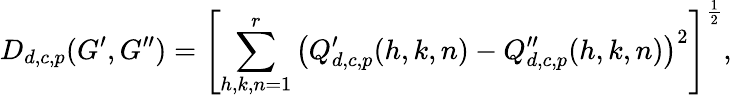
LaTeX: D_{d,c,p}(G^{\prime},G^{\prime\prime})=\left[\sum_{h,k,n=1}^{r}\left(Q_{d,c,p}^{\prime}(h,k,n)-Q_{d,c,p}^{\prime\prime}(h,k,n)\right)^{2}\right]^{\frac{1}{2}},